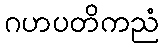
ဂဟပတိကညံ